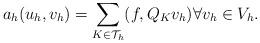
LaTeX: \begin{align*}a_h(u_h,v_h) = \sum_{K\in \mathcal{T}_h} (f, Q_K v_h)\forall v_h\in V_h .\end{align*}